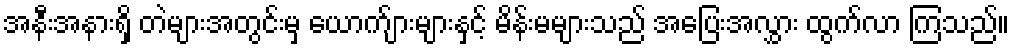
အနီးအနားရှိ တဲများအတွင်းမှ ယောက်ျားများနှင့် မိန်းမများသည် အပြေးအလွှား ထွက်လာ ကြသည်။